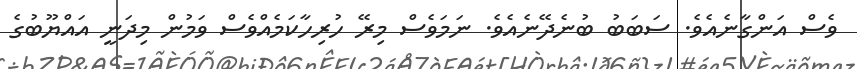
ވެސް އަންގާނެއެވެ. ސަބަބު ބުނެދޭނެއެވެ. ނަމަވެސް މިރޭ ހުރިހާކަމެއްވެސް ވަމުން މިދަނީ އައްޔޫބުގެ